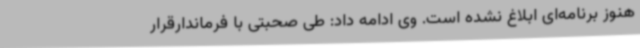
هنوز برنامه‌ای ابلاغ نشده است. وی ادامه داد: طی صحبتی با فرماندارقرار